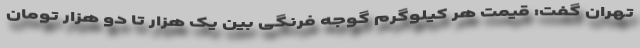
تهران گفت: قیمت هر کیلوگرم گوجه فرنگی بین یک هزار تا دو هزار تومان